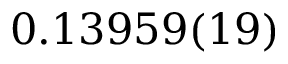
0 . 1 3 9 5 9 ( 1 9 )